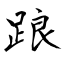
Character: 踉